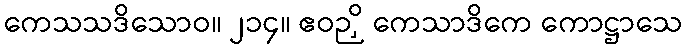
ကေသသဒိသောဝ။ ၂၁၄။ ဧဝဉှိ ကေသာဒိကေ ကောဋ္ဌာသေ